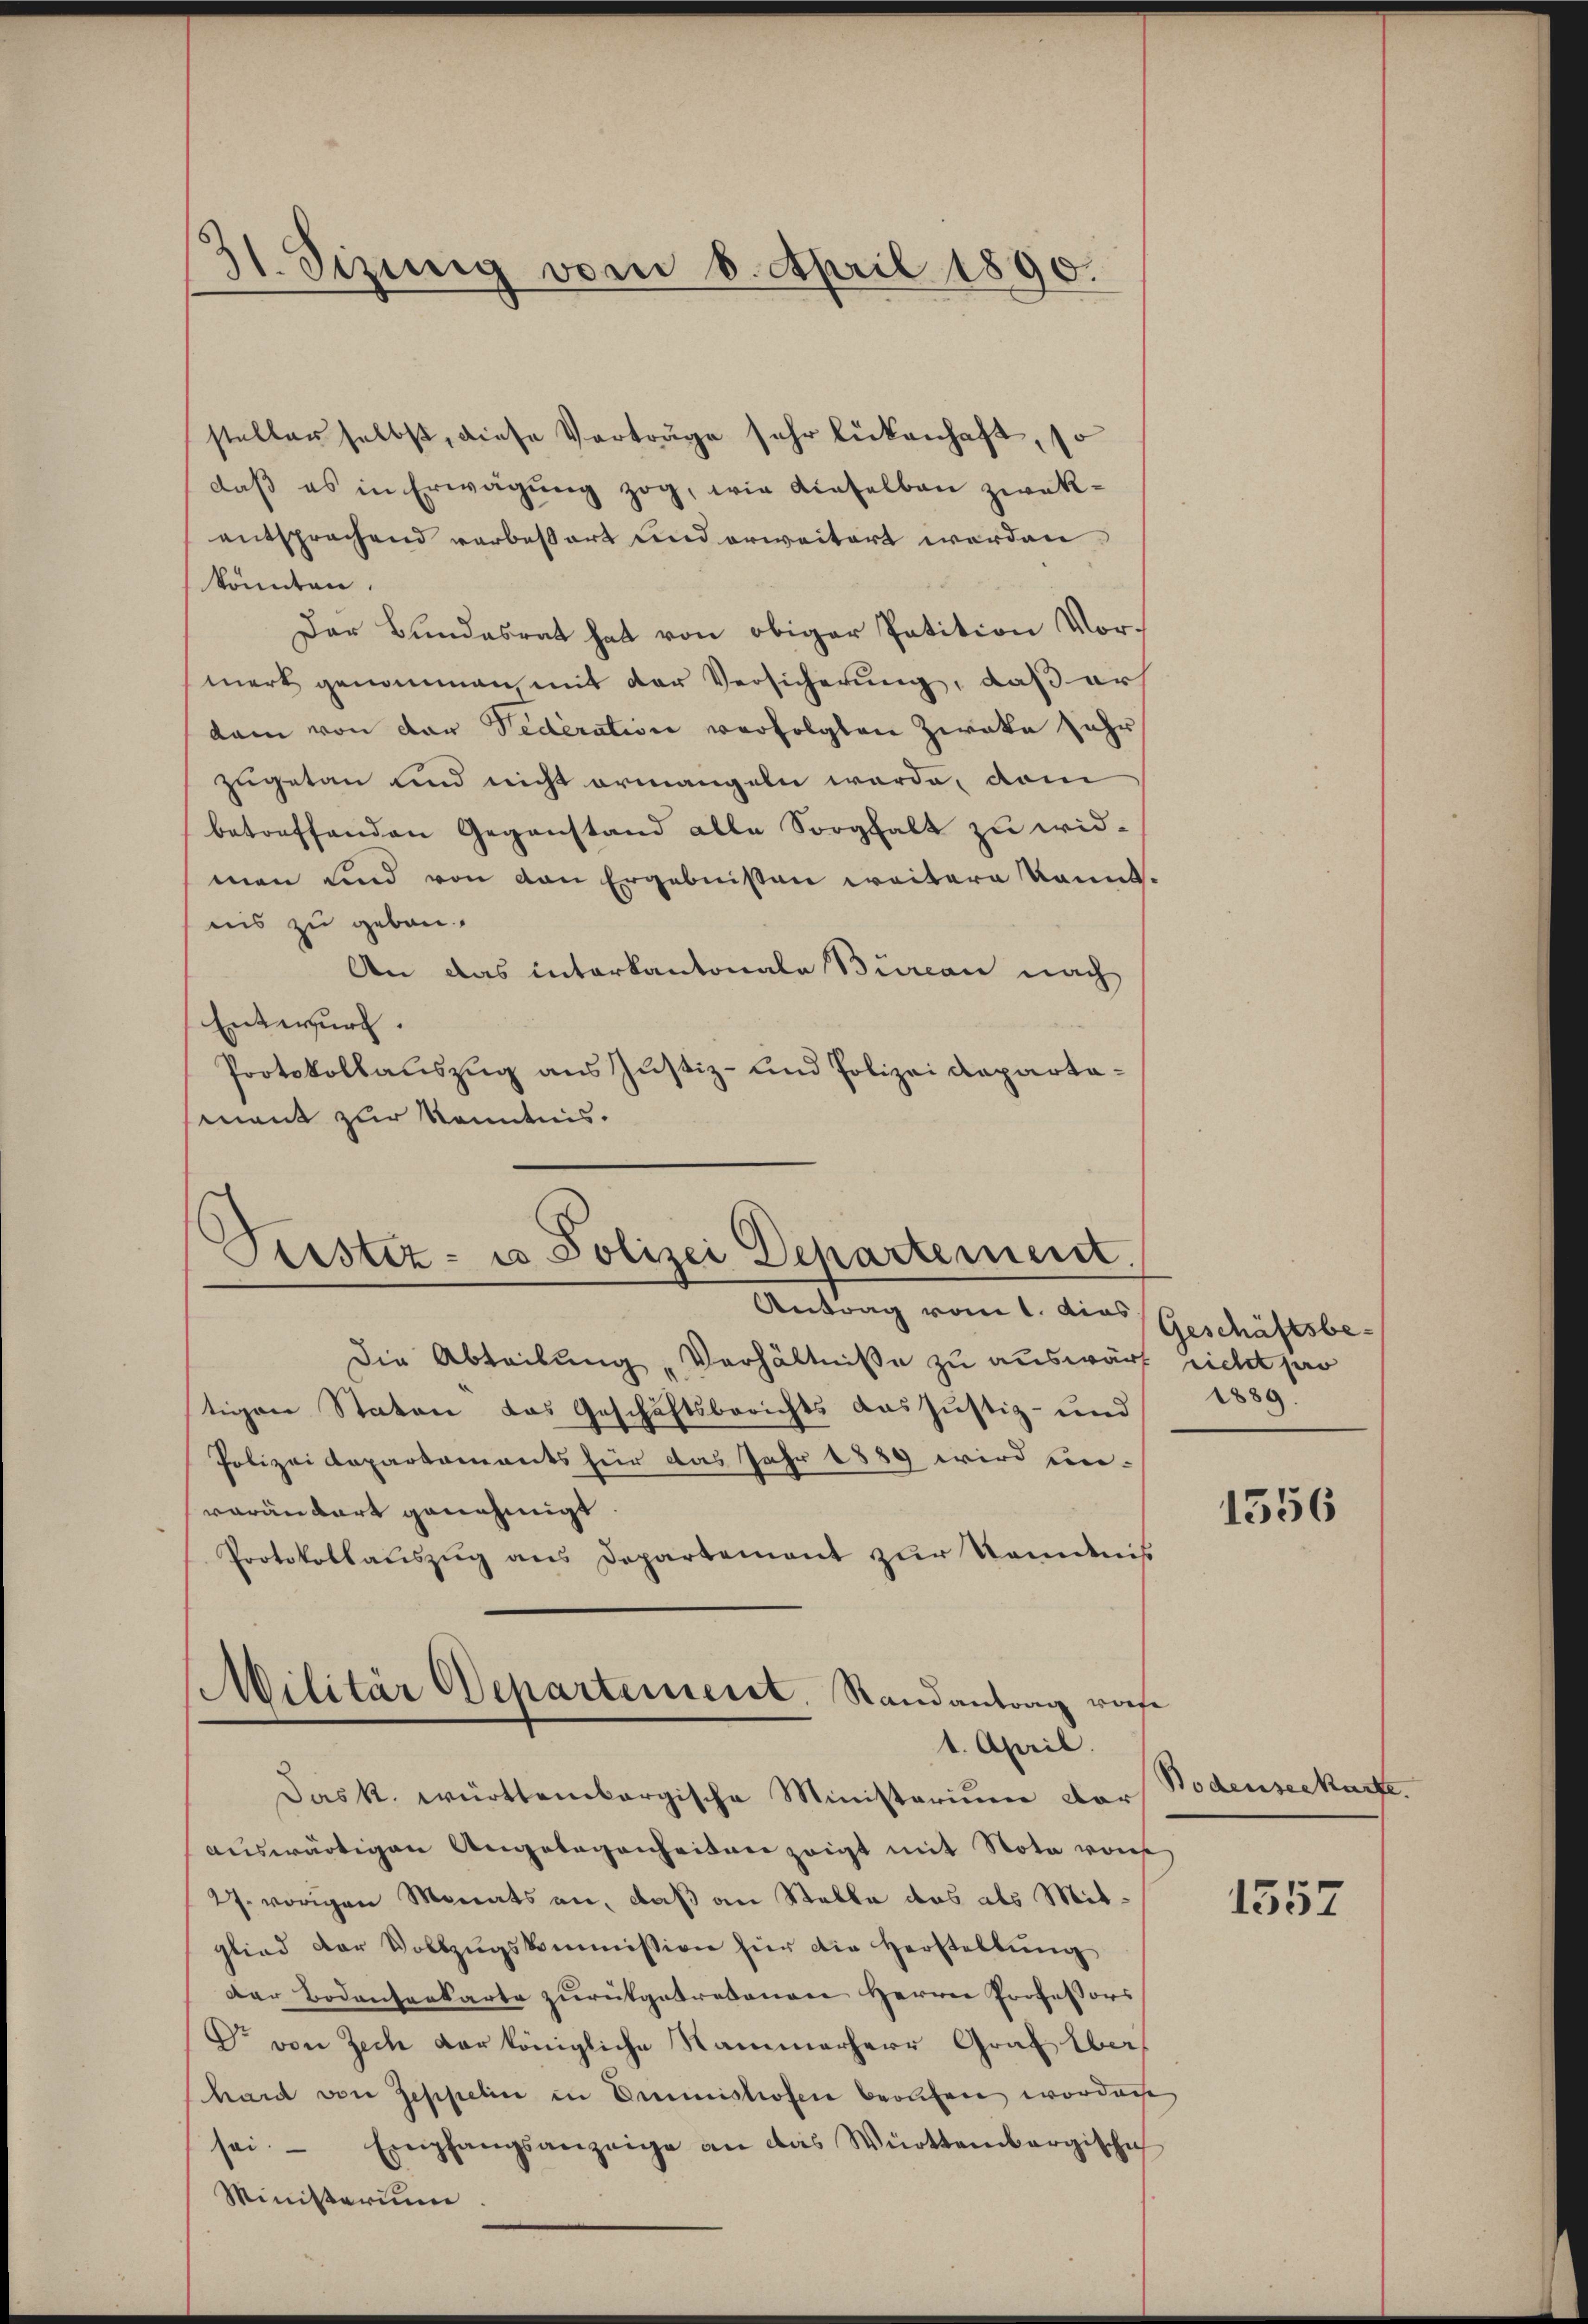
31. Sizung vom 6. April 1890.

steller selbst, diese Verträge sehr lückenhaft, so
daß es in Erwägung zog, wie dieselbau zwakentsprachend verbeßert und erweitert werden.
könnten.
Der Bundesrat hat von obiger Petition Vormerk genommen mit der Versicherung, daß erh
kam von der Federation verfolgten Zweke sehr
zugetan und nicht ermangeln werde, vom
betreffenden Gegenstand alle Sorghalt zu widmen und von den Ergebnissen weitern kannt.
nis zu geben.
An das interkantonale Burcan nach
Entwurf.
Protokollauszug aus Justiz- und Polizei Repartamant zur Kenntnis.

Peister- u Polizei Departement.
Antrag vom 1. das

Militär Departeiserit, Randantrag wiese
1. April.
Das k. württembergische Ministerium dar

Die Abteibung „Verhältnisse zu auswärf richt par
tigen Staten das Geschäftsberichts das Justiz- und
Polizeidepartaments für das Jahr 1889 wird ein-
varantart genehmigt
Protokollauszug aus Departement zur Kenntniß
aŭswärtigen Angelegenheiten zeigt mit Nota von
27. vorigen Monats an, daß an Stelle das als Mitglied der Vollzugskommission für die Herstellung
Der Bodentenbarte zurükgetretenen Herrn Professors
Dr von Zech der königliche Nammerherr Graf Überhaut von Zeppelin in Dimishofen beolfen worden
sei. Empfangsanzeige an das Württembergische
Ministerium

Geschäftsbe¬
1889.

1556

Bodenseekürte.

1557